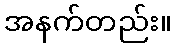
အနက်တည်း။